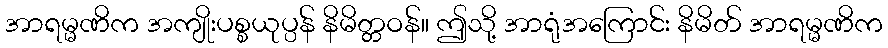
အာရမ္မဏိက အကျိုးပစ္စယုပ္ပန် နိမိတ္တဝန်။ ဤသို့ အာရုံအကြောင်း နိမိတ် အာရမ္မဏိက